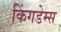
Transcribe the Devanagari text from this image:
किंगडेम्स